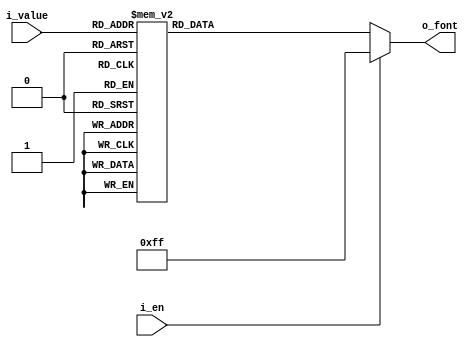
`timescale 1ns / 1ps



module BCDtoFND_Decoder(
    input [3:0] i_value,
    input i_en,
    output [7:0] o_font
    );

    reg [7:0] r_font;

    assign o_font = r_font;

    always @(i_value,i_en) begin
        if(i_en) begin
            r_font  = 8'hff;
        end
        else begin
            r_font = 8'hff;
            case (i_value)
                4'h0 : r_font = 8'hc0;
                4'h1 : r_font = 8'hf9;
                4'h2 : r_font = 8'ha4;
                4'h3 : r_font = 8'hb0;
                4'h4 : r_font = 8'h99;
                4'h5 : r_font = 8'h92;
                4'h6 : r_font = 8'h82;
                4'h7 : r_font = 8'hf8;
                4'h8 : r_font = 8'h90;
                4'h9 : r_font = 8'h7f;
            endcase
        end
    end
endmodule